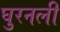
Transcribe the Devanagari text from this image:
घुरनली